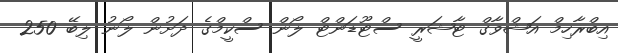
އިބްރާހިމް އަޝްވާގް ޓާޝަރީ ސްޓޫޑަންޓް ލޯން ސްކީމްގެ ދަށުން ލޯނު ލިބޭ 250